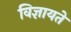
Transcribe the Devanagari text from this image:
विज्ञायते